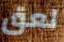
لعق